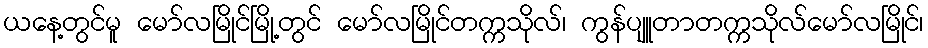
ယနေ့တွင်မူ မော်လမြိုင်မြို့တွင် မော်လမြိုင်တက္ကသိုလ်၊ ကွန်ပျူတာတက္ကသိုလ်မော်လမြိုင်၊